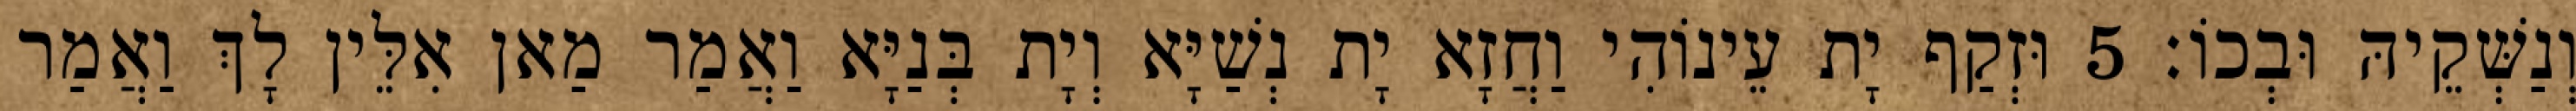
וְנַשְּׁקֵיהּ וּבְכוֹ׃ 5 וּזְקַף יָת עֵינוֹהִי וַחֲזָא יָת נְשַׁיָּא וְיָת בְּנַיָּא וַאֲמַר מַאן אִלֵּין לָךְ וַאֲמַר